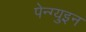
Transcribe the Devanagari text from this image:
पेन्ग्युइन